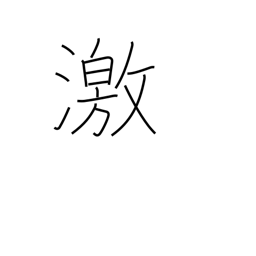
Meaning: enraged